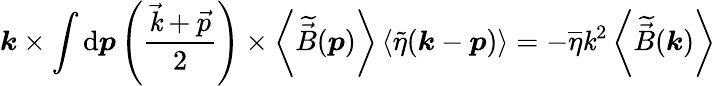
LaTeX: \boldsymbol{\mathit{k}}\times\int\mathrm{{d}}\boldsymbol{p}\left(\frac{{\vec{{\mathit{k}}}+\vec{{p}}}}{{2}}\right)\times\left<\widetilde{{\vec{{B}}}}(\boldsymbol{p})\right>\left<\widetilde{{\eta}}(\boldsymbol{\mathit{k}}-\boldsymbol{p})\right>=-\overline{{{\eta}}}\mathit{k}^{2}\left<\widetilde{{\vec{{B}}}}(\boldsymbol{\mathit{k}})\right>